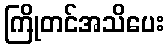
ကြိုတင်အသိပေး